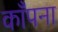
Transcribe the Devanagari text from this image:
काँपना